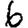
Digit: 6